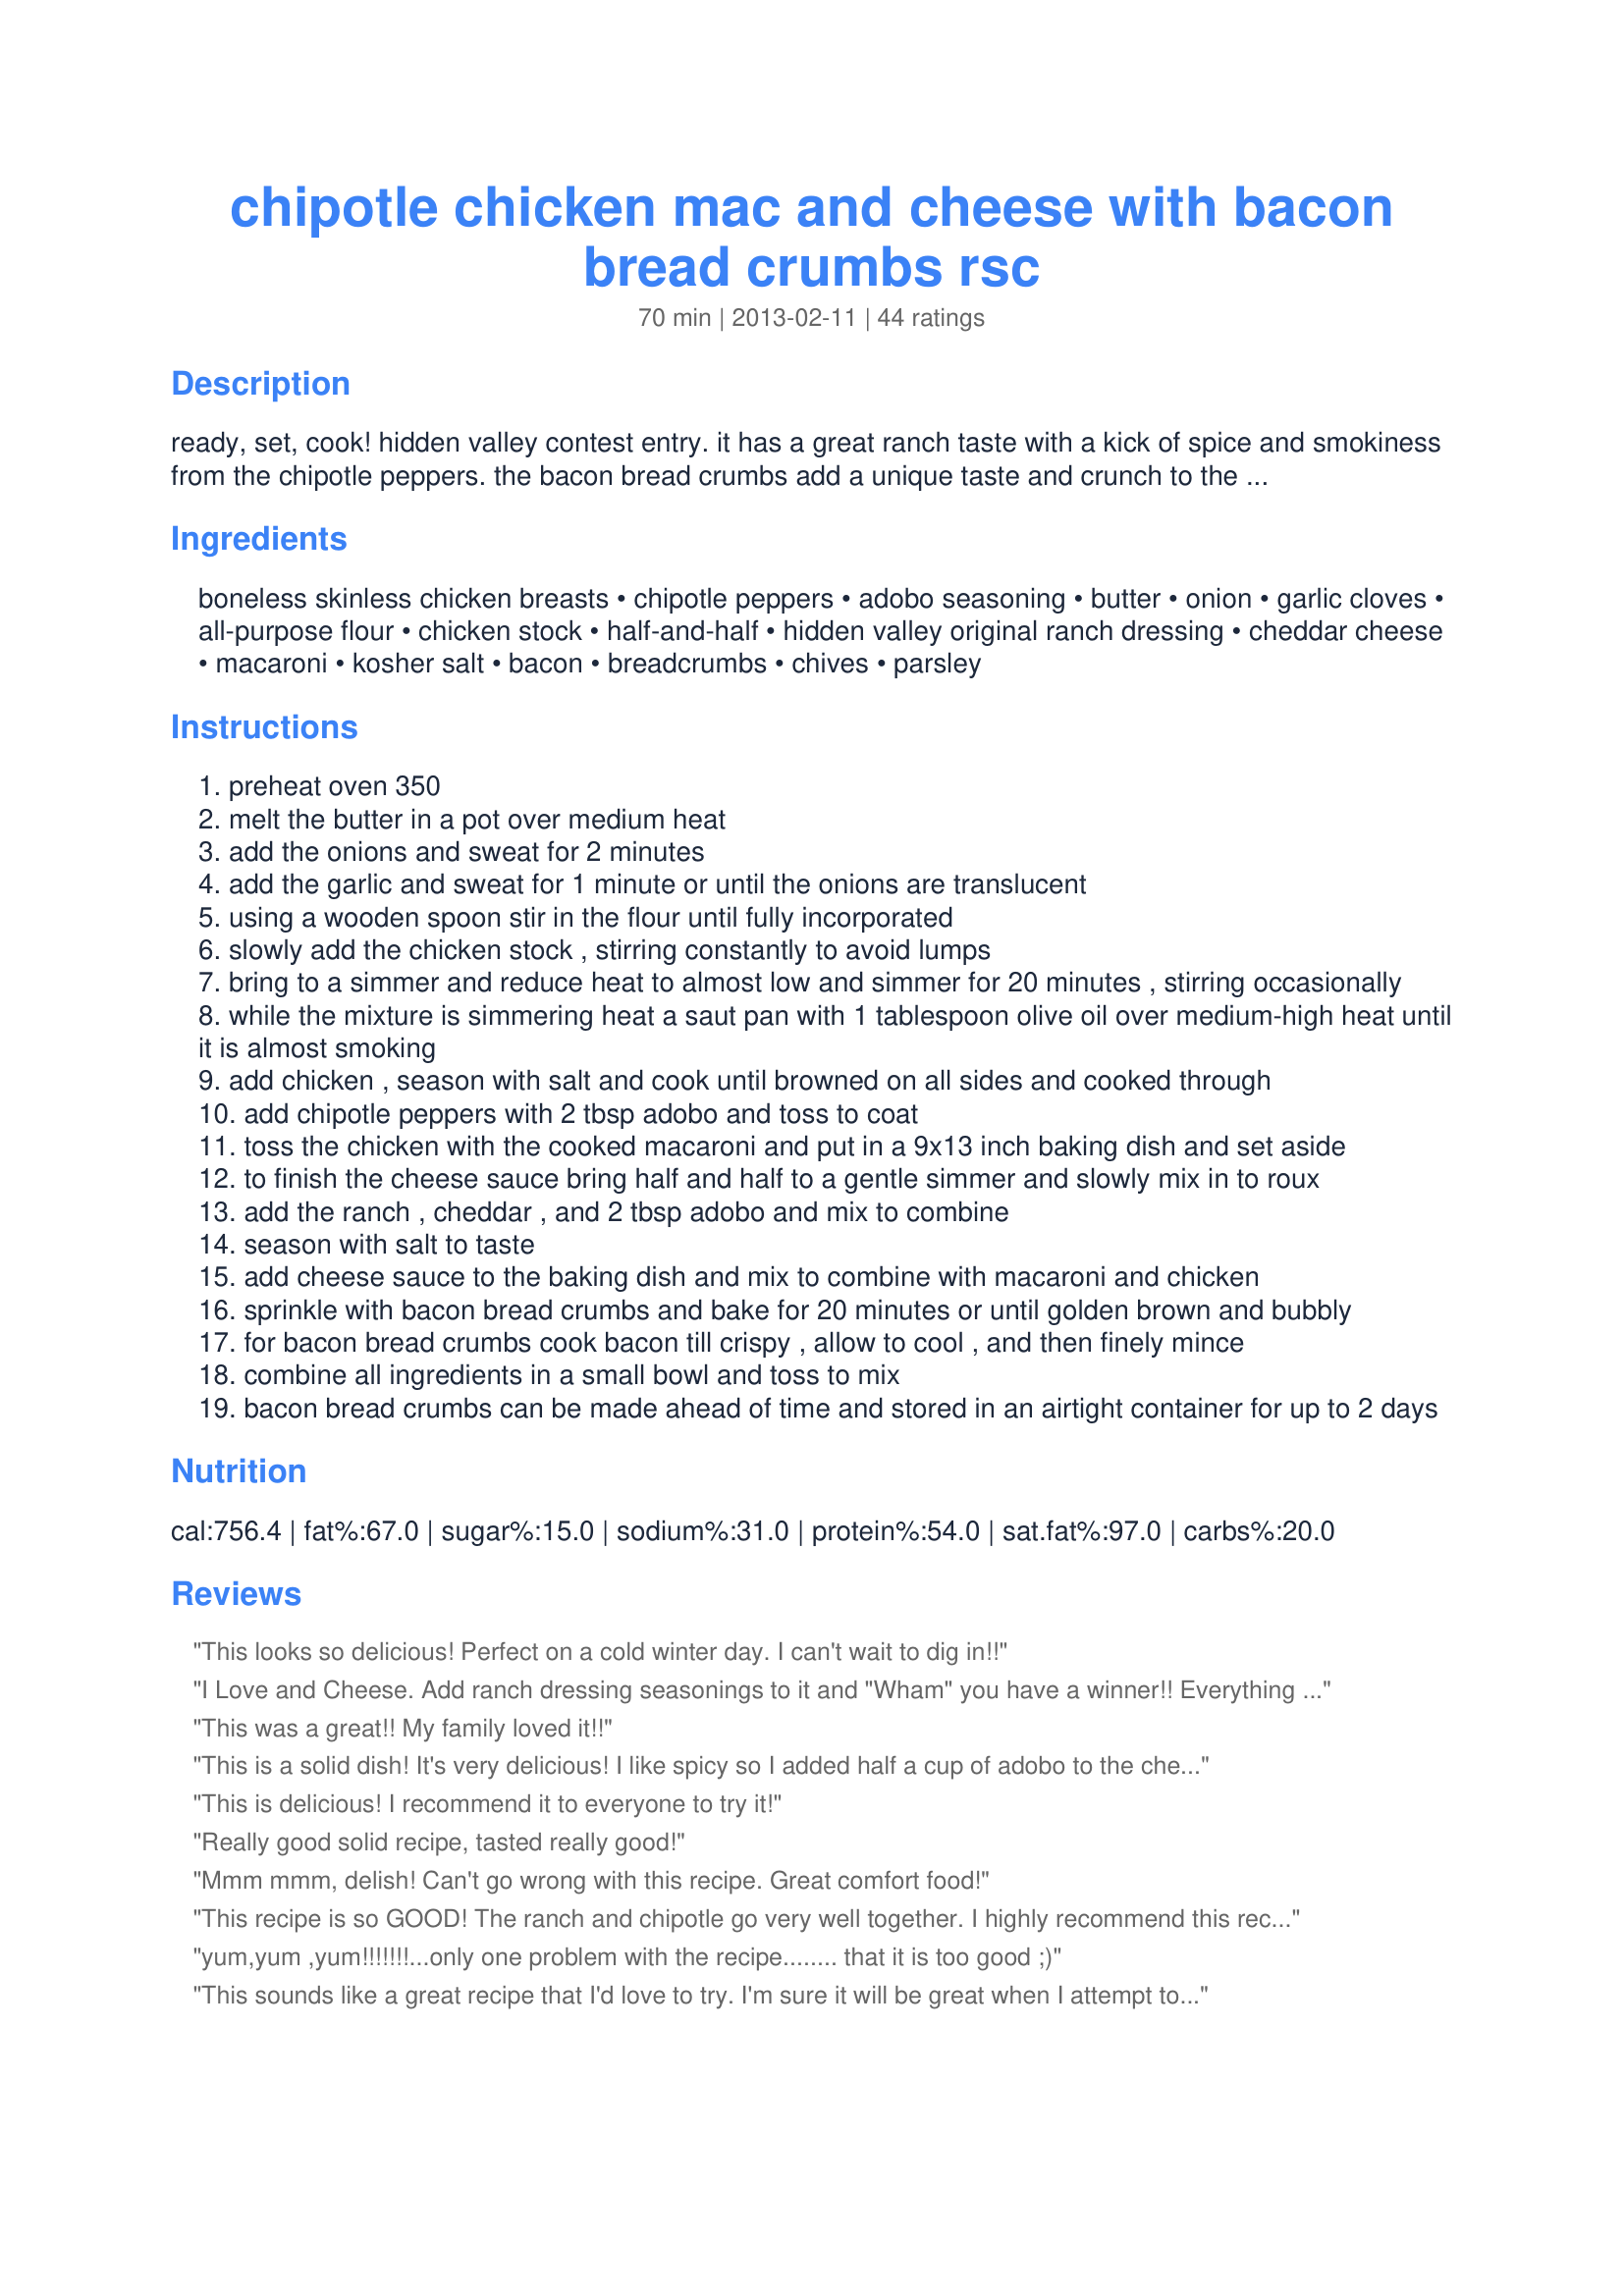
chipotle chicken mac and cheese with bacon bread crumbs rsc
Preparation time: 70 minutes

ready, set, cook! hidden valley contest entry. it has a great ranch taste with a kick of spice and smokiness from the chipotle peppers. the bacon bread crumbs add a unique taste and crunch to the whole recipe that makes it wonderfully delicious. it will be an instant favorite for your whole family.

Ingredients:
boneless skinless chicken breasts, chipotle peppers, adobo seasoning, butter, onion, garlic cloves, all-purpose flour, chicken stock, half-and-half, hidden valley original ranch dressing, cheddar cheese, macaroni, kosher salt, bacon, breadcrumbs, chives, parsley

Steps:
preheat oven 350
melt the butter in a pot over medium heat
add the onions and sweat for 2 minutes
add the garlic and sweat for 1 minute or until the onions are translucent
using a wooden spoon stir in the flour until fully incorporated
slowly add the chicken stock , stirring constantly to avoid lumps
bring to a simmer and reduce heat to almost low and simmer for 20 minutes , stirring occasionally
while the mixture is simmering heat a saut pan with 1 tablespoon olive oil over medium-high heat until it is almost smoking
add chicken , season with salt and cook until browned on all sides and cooked through
add chipotle peppers with 2 tbsp adobo and toss to coat
toss the chicken with the cooked macaroni and put in a 9x13 inch baking dish and set aside
to finish the cheese sauce bring half and half to a gentle simmer and slowly mix in to roux
add the ranch , cheddar , and 2 tbsp adobo and mix to combine
season with salt to taste
add cheese sauce to the baking dish and mix to combine with macaroni and chicken
sprinkle with bacon bread crumbs and bake for 20 minutes or until golden brown and bubbly
for bacon bread crumbs cook bacon till crispy , allow to cool , and then finely mince
combine all ingredients in a small bowl and toss to mix
bacon bread crumbs can be made ahead of time and stored in an airtight container for up to 2 days

Reviews:
This looks so delicious! Perfect on a cold winter day. I can't wait to dig in!!
I Love and Cheese. Add ranch dressing seasonings to it and "Wham" you have a winner!! Everything went together like a song and tasted fantastic. Bravo to you for such a delicious recipe.
This was a great!! My family loved it!!
This is a solid dish! It's very delicious! I like spicy so I added half a cup of adobo to the cheese sauce and diced 5 chipotles with the chicken and it was perfect!
This is delicious! I recommend it to everyone to try it!
Really good solid recipe, tasted really good!
Mmm mmm, delish! Can't go wrong with this recipe. Great comfort food!
This recipe is so GOOD! The ranch and chipotle go very well together. I highly recommend this recipe!
yum,yum ,yum!!!!!!!...only one problem with the recipe........ that it is too good ;)
This sounds like a great recipe that I'd love to try. I'm sure it will be great when I attempt to make it.
This is a great twist on an old favorite recipe. Sounds delicious and I can't wait to try it!
My bf made this for me and like him, it was super sexy and spicy. Highly recommend this dish!
Very easy and absolutely delicious recipe.
This recipe its easy to make and tastes very good.
This recipe is easy to make and really flavorful. Best macaroni and cheese I have had in awhile.
I finally tried this and it was everything I hoped for. Spicy, creamy, cheesy and delicious!
So delicious! This recipe easy to follow and is worth trying. I used an entire can of chipotles in adobo for more spice. My whole family enjoyed it!
So SO good! I used leftover turkey in it. It is pretty spicy since I left the seeds in the peppers. Fortunately my toddler and preschooler love spicy, they just exclaim &quot;HOT!&quot; after every bite!
absolutely delicious....pure genius!!
AWESOME!!! I made this for Father&#039;s Day Dinner and it was a huge hit. I did use only half the adobo seasoning as it 4 TBSP would have made it way too salty for us. Otherwise made exactly as written. I will definitely be making this again and again. Thank you for sharing :)
Sounds delicious--my husband loves chipotle, and my son loves bacon and mac & cheese. I think they would love for me to make this!
Very good! I loved the ranch dressing in this, and I usually hate the stuff. It works well in this dish though, as it adds a nice mellow background flavor. I left out the chicken completely, as I already had a roast to serve the mac &amp; cheese with. The bacon and adobo were inspired additions, and I don&#039;t think I&#039;ll be able to make mac &amp; cheese any other way now that I&#039;ve discovered this recipe. Just perfect, really- thanks for sharing!
Bacon seems ubiquitous these days, but GOOD bacon dishes are not. We tried this recipe last night, as we were in dire need of a comfort food dish, and we were blown away by its ease of preparation, its hearty fullness and its remarkably toothsome and great taste. This dish rocks and we'll definitely make it again!
Wow, this is something I am going to try, chicken, spicy Mac and cheese and bacon, sounds like a heavenly mix!!!!
This recipe was a hit!!! Everyone loved it!! I substituted the bread crumbs with sweet chipotle panko bread crumbs by Private Selections and used boneless skinless chicken thighs for juicer meat. Would definitely recommend this recipe.
I live alone, so a recipe for 10 is a hard starting point! But I liked the sound of it, so I scaled it down as best I could. It's quite a lot of work if you make your own Ranch and Adobo, but I like the cooking, so for me that is a bonus rather than a downer. I like my food a bit hot, but I think I overdid it with the chipotle. I used a (small) whole dried chipotle and I think that was bit ambitious. Even so, the end result was excellent and I shall do it again, being a bit more circumspect with the smokiness. I'm in the UK and I'd never heard of Adobo, and never seen Ranch (though, TBH, I've never looked for either, either - they are probably available somewhere, but they are not common), so I made my own: Ranch - https://barefeetinthekitchen.com/homemade-ranch-salad-dressing/ Adobo - http://www.geniuskitchen.com/recipe/adobo-seasoning-442098 Very pleased with both. As I say, I shall try this again. I just wish there were more recipes for one rather than an extended family! 10/10 for recipe, 7/10 for my execution of it.
Every dish I have tried from hmisafiris has been fantastic! I LOVE mac and cheese and this recipe sounds delicious!!! I can't wait to try it...
It was good!
Delicious savory dish recipe that was easy to follow and gives consistent results. Would recommend this recipe to everyone!
Sounds amazing! Can't wait to try!
Absolutely delicious!!!
omg! delicious thanks for sharing recipe
Oh this looks SOOO GOOD!!!! I cant wait to try it!
Sounds fantastic!! I've been looking for a new Mac n Cheese recipe! I definitely be trying this one!
This recipe is amazing I loved it!!!!
I tried this recipe! It was so delicious!!!!
Great taste, perfect amount of spice. Will for sure make again!
Yum! I love everything about this dish.
Love this recipe! It was a perfect change for a Mac n' cheese recipe! Totally great way to add some spice to a week day!
very good recipe I recommend to everyone my family loved it
You cannot go wrong with bacon and cheese!
You make me so proud! It look so good food :) can't wait to make it
This is so delicious! My whole family loved it!
Sounds AHHHMAAAAZING!!! Can't wait to try it!
